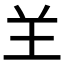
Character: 𦍌